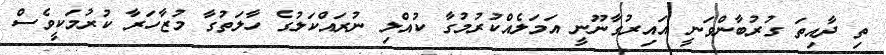
ތި ދާއިތަ ގުރުބާންވަނީ އައިރުގާނޫނީ އަމަލެއްކުރުމުގާ ކުއްލި ނުރައްކަލުގެ ހާލަތުގާ މުޒާހަރާ ކުރުމަކީވެސް